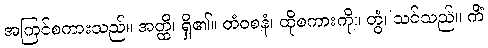
အကြင်စကားသည်။ အတ္ထိ၊ ရှိ၏။ တံဝစနံ၊ ထိုစကားကို။ တွံ၊ သင်သည်။ ကိံ